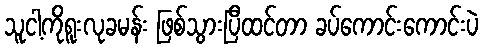
သူငါ့ကိုရူးလုခမန်း ဖြစ်သွားပြီထင်တာ ခပ်ကောင်းကောင်းပဲ